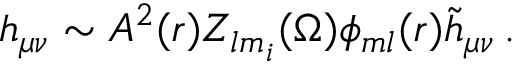
h _ { \mu \nu } \sim A ^ { 2 } ( r ) Z _ { l m _ { i } } ( \Omega ) \phi _ { m l } ( r ) { \tilde { h } } _ { \mu \nu } \, .